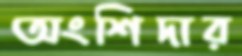
অংশিদার